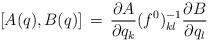
LaTeX: \begin{align*}\lbrack A (q) , B(q) \rbrack \,=\, { \partial A \over \partial q_k} (f^0)^{-1}_{kl} { \partial B \over \partial q_l}\end{align*}